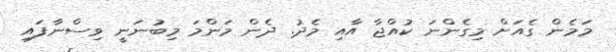
މަމެން ގެއަށް މިގެންނަ ކުއްޖާ އާއި މެދު. ދެން މަންމަ މިބުނަނީ ވިސްނާފައި